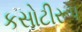
કસોટીરૂપ